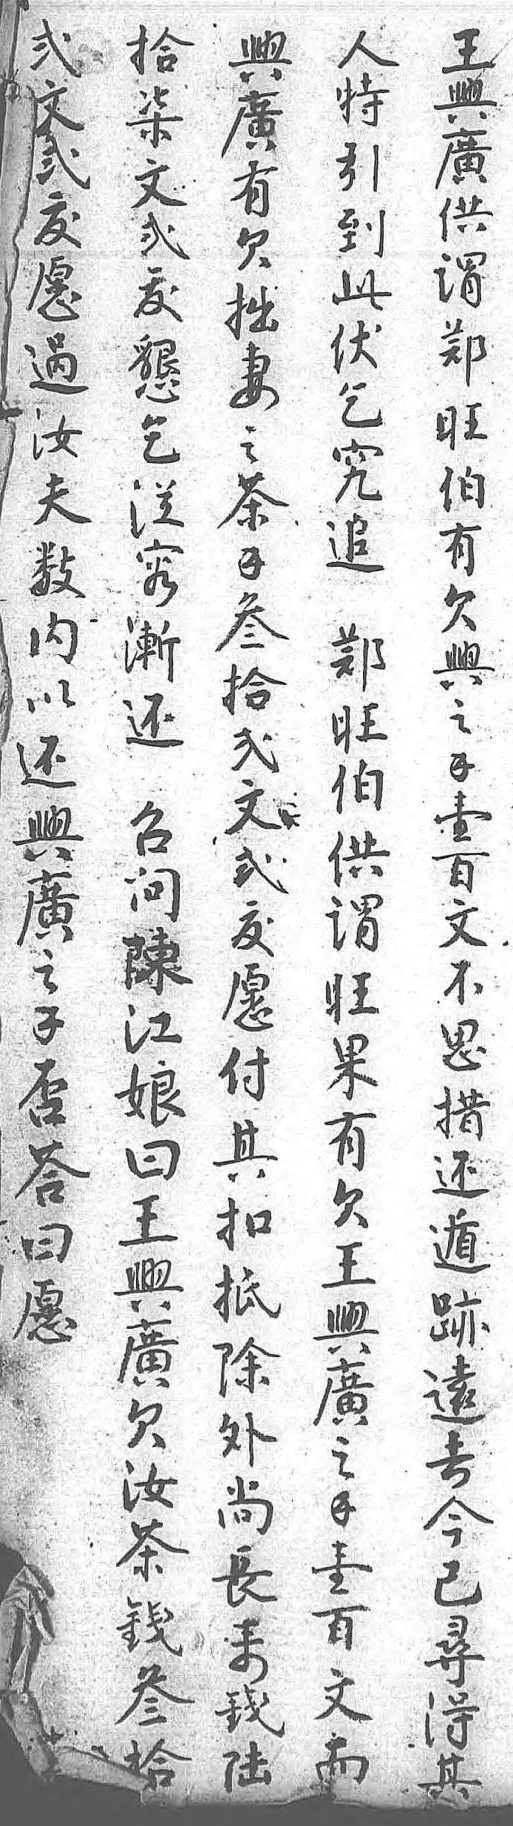
拾貳王人興柒文興特廣文貳廣引有貳鈸供到欠鈸願謂此拙懇過鄭伏妻乞汝旺乞之從夫伯究茶容數有追錢漸内欠 叁還以興鄭拾召還之旺貳問興錢伯文陳廣壹供貳江之百謂鈸娘錢文旺願曰否不果付王答思有其興曰措欠扣廣願還王抵欠 遁興除汝 迹廣外茶 遠之尚錢 去錢長叁 今壹來拾 已百錢  尋文陸  得而   其